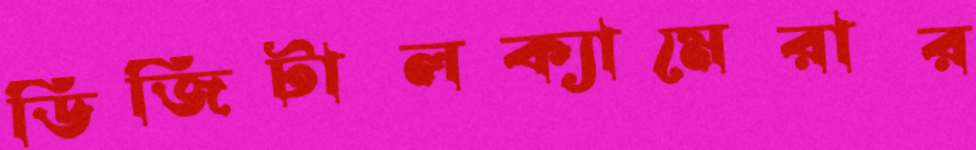
ডিজিটালক্যামেরার